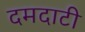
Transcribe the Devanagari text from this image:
दमदाटी